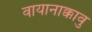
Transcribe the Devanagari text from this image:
वायानाक्कावु